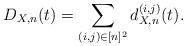
LaTeX: \begin{align*} D_{X,n}(t) = \sum_{(i,j)\in [n]^2} d_{X,n}^{(i,j)}(t).\end{align*}